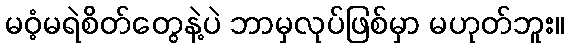
မဝံ့မရဲစိတ်တွေနဲ့ပဲ ဘာမှလုပ်ဖြစ်မှာ မဟုတ်ဘူး။